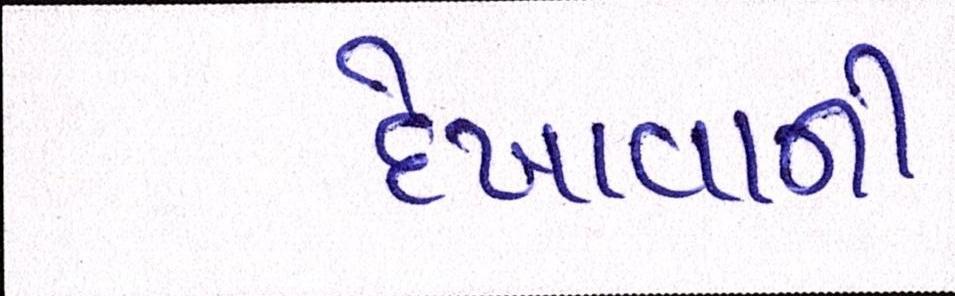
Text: દેખાવાની